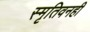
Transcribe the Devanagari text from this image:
स्मृतिवनही